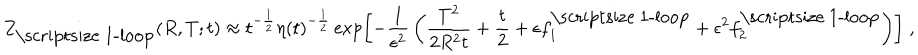
Z _ { \mathrm { \scriptsize ~ 1 - l o o p } } ( R , T ; t ) \approx t ^ { - { \frac { 1 } { 2 } } } \eta ( t ) ^ { - { \frac { 1 } { 2 } } } \exp \left[ - { \frac { 1 } { \epsilon ^ { 2 } } } \left( { \frac { T ^ { 2 } } { 2 R ^ { 2 } t } } + { \frac { t } { 2 } } + \epsilon f _ { 1 } ^ { \mathrm { \scriptsize ~ 1 - l o o p } } + \epsilon ^ { 2 } f _ { 2 } ^ { \mathrm { \scriptsize ~ 1 - l o o p } } \right) \right] \; ,